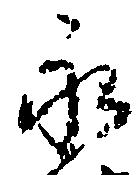
永